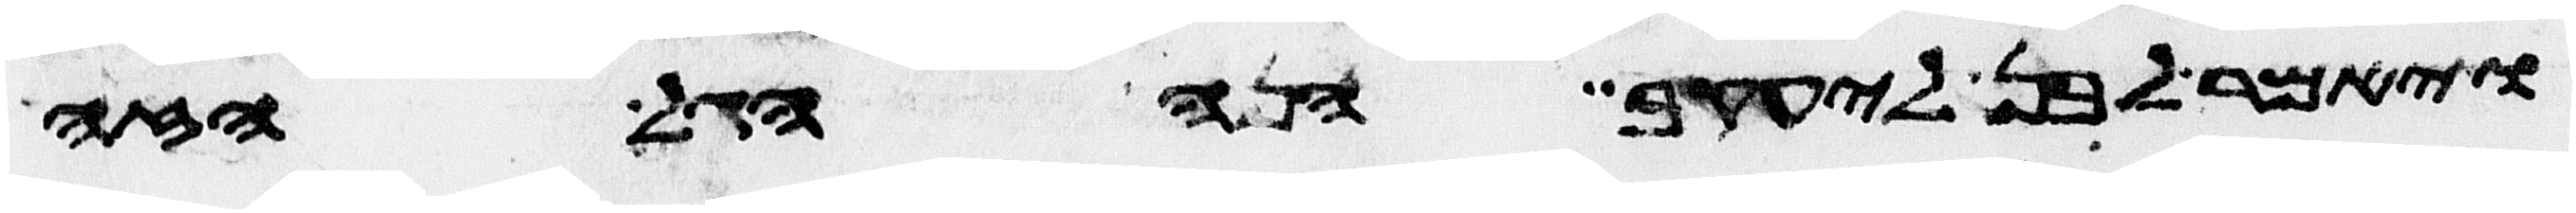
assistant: ויאמר לבן ליעקב הנה הגל הזה